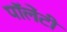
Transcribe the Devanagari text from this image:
पॉलेंटी